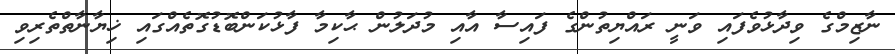
ނާޒިމްގެ ވިދާޅުވެފައި ވަނީ ރައްޔިތުންގެ ފައިސާ އާއި މުދަލުން ޙާކިމާ ފާޅުކަންބޮޑުގޮތެއްގައި ޚިޔާނާތްތެރިވި